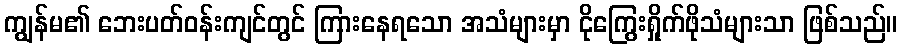
ကျွန်မ၏ ဘေးပတ်ဝန်းကျင်တွင် ကြားနေရသော အသံများမှာ ငိုကြွေးရှိုက်ဖိုသံများသာ ဖြစ်သည်။